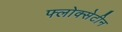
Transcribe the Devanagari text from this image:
फ्लोक्सेटीन